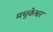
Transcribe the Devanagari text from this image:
मधुकेश्वर